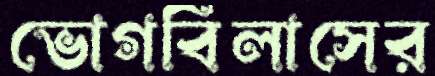
ভোগবিলাসের